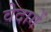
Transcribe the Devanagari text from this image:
वेदागें